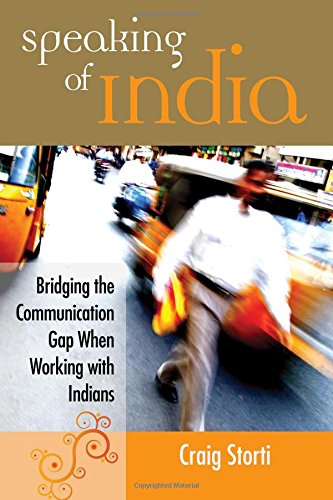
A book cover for Speaking of India: Bridging the Communication Gap When Working with Indians; Craig Storti; Business & Money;